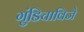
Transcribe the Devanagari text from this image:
गुंडिचाविजे